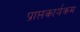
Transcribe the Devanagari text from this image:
प्राप्तकार्यक्रम